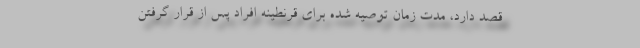
قصد دارد، مدت زمان توصیه شده برای قرنطینه افراد پس از قرار گرفتن